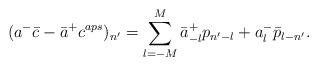
LaTeX: \begin{align*}(a^-\bar{c}-\bar{a}^+c^{aps})_{n'}=\sum_{l=-M}^{M}\bar{a}^+_{-l}p_{n'-l}+a^-_{l}\bar{p}_{l-n'}.\end{align*}